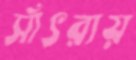
সাঁৎরায়